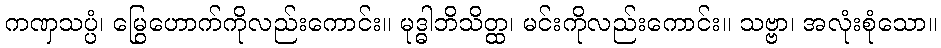
ကဏှသပ္ပံ၊ မြွေဟောက်ကိုလည်းကောင်း။ မုဒ္ဓါဘိသိတ္ထ၊ မင်းကိုလည်းကောင်း။ သဗ္ဗာ၊ အလုံးစုံသော။